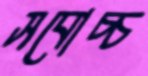
সবোচ্চ